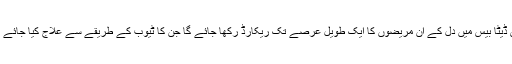
اس ڈیٹا بیس میں دل کے ان مریضوں کا ایک طویل عرصے تک ریکارڈ رکھا جائے گا جن کا ٹیوب کے طریقے سے علاج کیا جائے گا۔